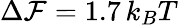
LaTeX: \Delta{\cal F}=1.7\, k_{B}T